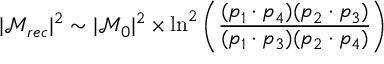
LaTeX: | \mathcal { M } _ { r e c } | ^ { 2 } \sim | \mathcal { M } _ { 0 } | ^ { 2 } \times \ln ^ { 2 } \left( \frac { ( p _ { 1 } \cdot p _ { 4 } ) ( p _ { 2 } \cdot p _ { 3 } ) } { ( p _ { 1 } \cdot p _ { 3 } ) ( p _ { 2 } \cdot p _ { 4 } ) } \right)